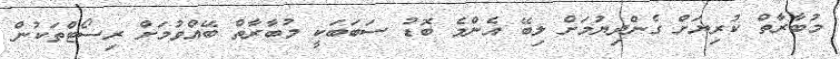
މުބާރާތް ކުރިޔަށް ގެންދިޔުމަށް ލިބޭ އެންމެ ބޮޑު ސަބަބަކީ މުބާރާތް ބޭއްވުމަށް ރިސޯޓްތަކުން